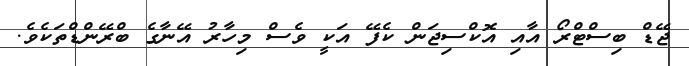
ޖޭޑް ބިސްޓްރޯ އާއި އޮކްސިޖަން ކެފޭ އަކީ ވެސް މިހާރު އޭނާގެ ބްރޭންޑްތަކެވެ.